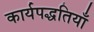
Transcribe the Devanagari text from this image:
कार्यपद्धतियाँ